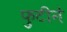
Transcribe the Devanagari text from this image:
फुटीने